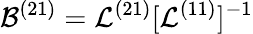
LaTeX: \mathcal{B}^{(21)}=\mathcal{L}^{(21)}[\mathcal{L}^{(11)}]^{-1}